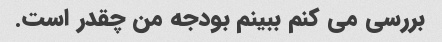
بررسی می کنم ببینم بودجه من چقدر است.